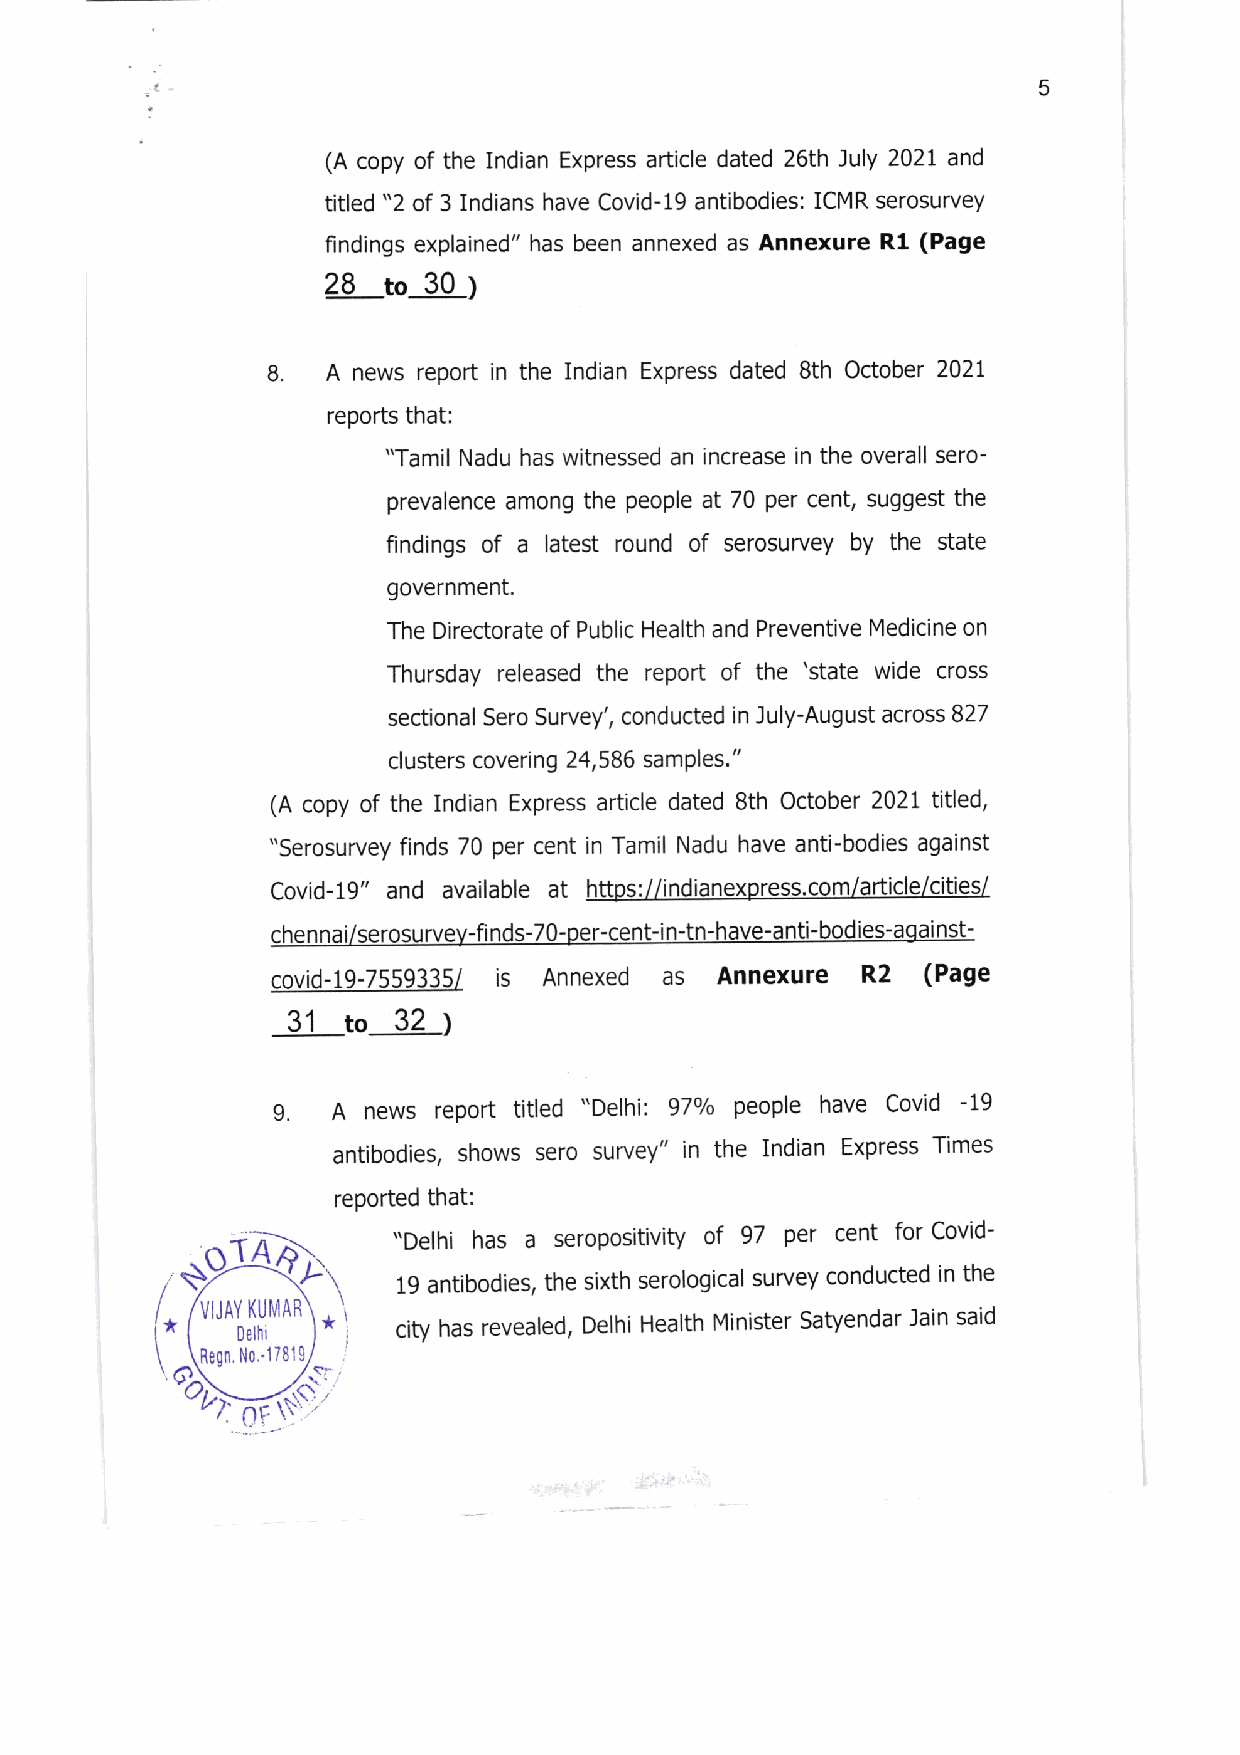
E
 (A copy of the Indian Express artlcle dated 26th July 202L and
 titled "2 of 3 Indians have Covid-19 antibodies: ICMR serosurvey
 findings explained" has been annexed as Annexure R1 (Page
 28  to30)
 8.
 A news report in the Indian Express dated Bth October 2021
 reports that:
 "Tamil Nadu has witnessed an increase in the overall sero-
 prevalence among the people at 70 per cent, suggest the
 findings of a latest round of serosurvey by the state
 government.
 The Directorate of Public Health and Preventive Medicine on
 Thursday released the report of the 'state wide cross
 sectional Sero Survey', conducted in July-August across 827
 clusters covering 24,586 samPles. "
 (A copy of the Indian Express article dated Bth October 2021 titled,
 "serosurvey finds 70 per cent in Tamil Nadu have anti-bodies against
 Covid-19" and available at httos:/ ndianexoress.com/afticle cities/
 chennai/serosurvev-finds-70-per-cent-in-tn-have-anti-bodies-aoainst-
 covid-19-7559335/ is Annexed as Annexure R2 (Page
 31  to 32
 I
 A news report titled "Delhi: 97olo people have Covid -19
 9
 antibodies, shows sero survey" in the Indian Express Times
 reported that:
 "Delhi has a seropositivity of 97 per cent for Covid-
 1
 19 antibodies, the sixth serological survey conducted in the
 *  JAY KUMAR *1 city has revealed, Delhi Health Minister Satyendar lain said
 Delhi
 Regn, No,'17819 tr,
 0t